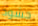
حشود